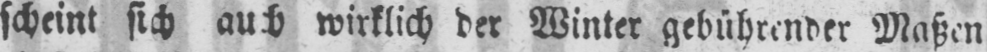
scheint sich auch wirklich der Winter gebührender Maßen